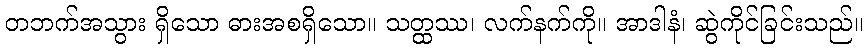
တဘက်အသွား ရှိသော ဓားအစရှိသော။ သတ္ထဿ၊ လက်နက်ကို။ အာဒါနံ၊ ဆွဲကိုင်ခြင်းသည်။